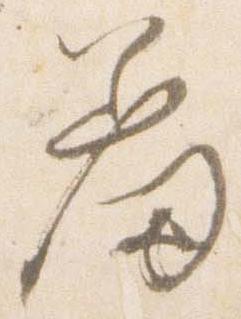
羞